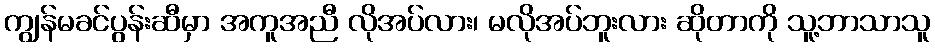
ကျွန်မခင်ပွန်းဆီမှာ အကူအညီ လိုအပ်လား၊ မလိုအပ်ဘူးလား ဆိုတာကို သူ့ဘာသာသူ